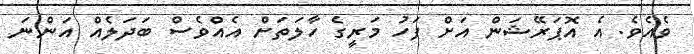
ވެއެވެ. އެ އޮޕަރޭޝަން އަށް ފަހު މަރީގެ ހާލަތަށް އެއްވެސް ބަދަލެއް އަންނަ